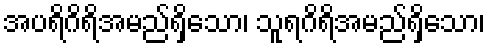
အပရိဂိရိအမည်ရှိသော၊ သူရဂိရိအမည်ရှိသော၊